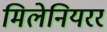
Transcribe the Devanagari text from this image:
मिलेनियरर